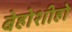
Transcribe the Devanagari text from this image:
बेहोशीहो